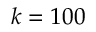
k = 1 0 0